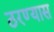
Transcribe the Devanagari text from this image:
ठरण्यास